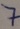
Text: 7